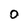
Character: 0